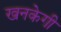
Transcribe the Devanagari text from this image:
खनकेगी